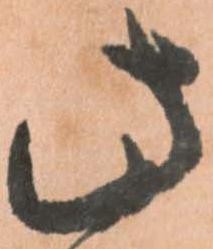
此